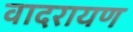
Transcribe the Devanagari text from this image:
वादरायण